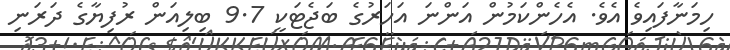
ހިމަނާފައިވެ އެވެ. އެހެންކަމުން އަންނަ އަހަރުގެ ބަޖެޓަކީ 9.7 ބިލިއަން ރުފިޔާގެ ދަރަނި